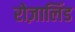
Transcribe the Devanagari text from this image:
रोज़ालिंड